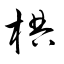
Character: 椣